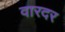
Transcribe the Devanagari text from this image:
वारदर